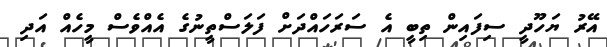
އޭރު ޔަހޫދީ ސިފައިން ތިބީ އެ ސަރަހައްދަށް ފަލަސްތީނުގެ އެއްވެސް މީހެއް އަދި